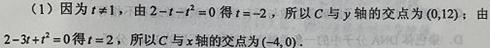
(1) 因为$t\neq 1$，由$2 - t - t^{2}=0$得$t = - 2$，所以$C$与$y$轴的交点为$(0,12)$；由$2 - 3t + t^{2}=0$得$t = 2$，所以$C$与$x$轴的交点为$(-4,0)$．